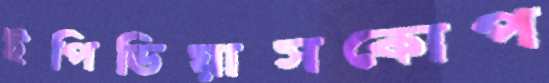
ইপিডিয়াসকোপ